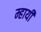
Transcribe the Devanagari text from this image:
म्हायी